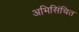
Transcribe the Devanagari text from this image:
अभिसिंचित